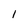
Character: 1